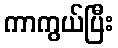
ကာကွယ်ပြီး